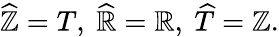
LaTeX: {\widehat{\mathbb{Z}}}=T,\ {\widehat{\mathbb{R}}}=\mathbb{R},\ {\widehat{T}}=\mathbb{Z}.